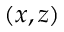
( x , z )